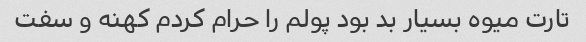
تارت میوه بسیار بد بود پولم را حرام کردم کهنه و سفت